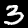
Digit: 3